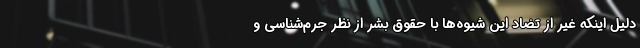
دلیل اینکه غیر از تضاد این شیوه‌ها با حقوق بشر از نظر جرم‌شناسی و